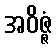
အဝိဇ္ဇံ